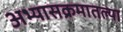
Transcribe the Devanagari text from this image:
अभ्यासक्रमातल्या